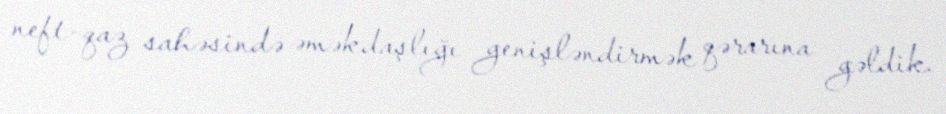
neft-qaz sahəsində əməkdaşlığı genişləndirmək qərarına gəldik.